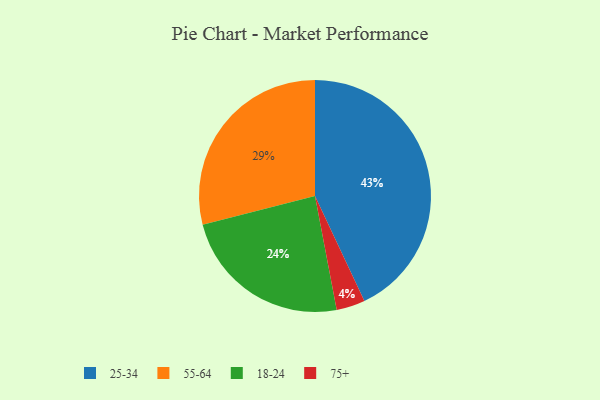
{"axis": {"x": "Category", "y": "Percentage"}, "legend": ["18-24", "25-34", "55-64", "75+"], "data": [{"x": "55-64", "y": 29, "type": "55-64"}, {"x": "18-24", "y": 24, "type": "18-24"}, {"x": "25-34", "y": 43, "type": "25-34"}, {"x": "75+", "y": 4, "type": "75+"}]}